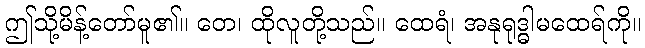
ဤသို့မိန့်တော်မူ၏။ တေ၊ ထိုလူတို့သည်။ ထေရံ၊ အနုရုဒ္ဓါမထေရ်ကို။